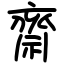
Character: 齋